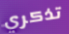
تذكري